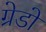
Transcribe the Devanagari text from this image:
ग्रेडो